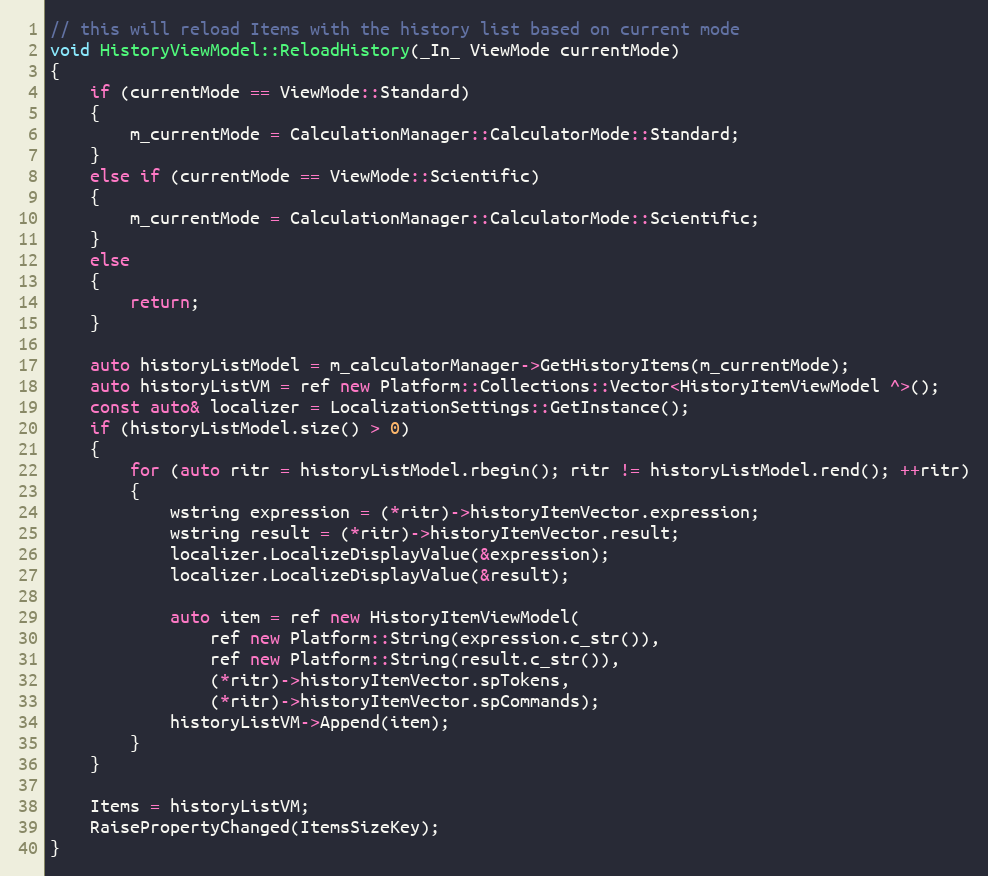
Language: C++
// this will reload Items with the history list based on current mode
void HistoryViewModel::ReloadHistory(_In_ ViewMode currentMode)
{
    if (currentMode == ViewMode::Standard)
    {
        m_currentMode = CalculationManager::CalculatorMode::Standard;
    }
    else if (currentMode == ViewMode::Scientific)
    {
        m_currentMode = CalculationManager::CalculatorMode::Scientific;
    }
    else
    {
        return;
    }

    auto historyListModel = m_calculatorManager->GetHistoryItems(m_currentMode);
    auto historyListVM = ref new Platform::Collections::Vector<HistoryItemViewModel ^>();
    const auto& localizer = LocalizationSettings::GetInstance();
    if (historyListModel.size() > 0)
    {
        for (auto ritr = historyListModel.rbegin(); ritr != historyListModel.rend(); ++ritr)
        {
            wstring expression = (*ritr)->historyItemVector.expression;
            wstring result = (*ritr)->historyItemVector.result;
            localizer.LocalizeDisplayValue(&expression);
            localizer.LocalizeDisplayValue(&result);

            auto item = ref new HistoryItemViewModel(
                ref new Platform::String(expression.c_str()),
                ref new Platform::String(result.c_str()),
                (*ritr)->historyItemVector.spTokens,
                (*ritr)->historyItemVector.spCommands);
            historyListVM->Append(item);
        }
    }

    Items = historyListVM;
    RaisePropertyChanged(ItemsSizeKey);
}